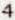
4